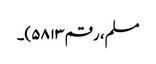
مسلم، رقم ۵۸۱۳)۔